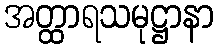
အတ္ထာရသမုဋ္ဌာနာ